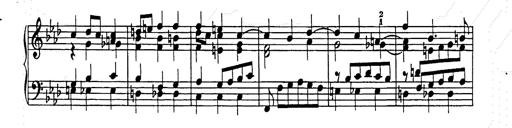
Title: Weinen, Klagen, Sorgen, Zagen
Composer: Franz Liszt